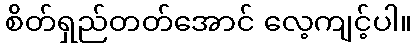
စိတ်ရှည်တတ်အောင် လေ့ကျင့်ပါ။